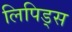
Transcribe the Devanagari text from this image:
लिपिड्स